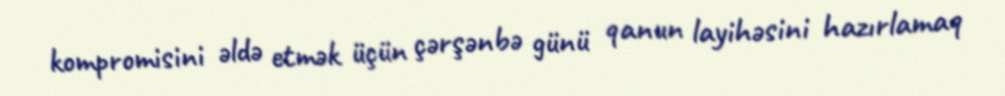
kompromisini əldə etmək üçün çərşənbə günü qanun layihəsini hazırlamaq